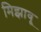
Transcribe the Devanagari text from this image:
मिझावू